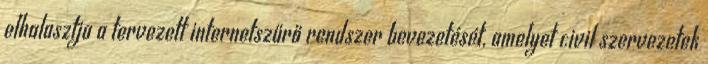
elhalasztja a tervezett internetszűrő rendszer bevezetését, amelyet civil szervezetek